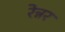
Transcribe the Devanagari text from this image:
रेन्नर